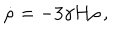
LaTeX: \dot { \rho } = - 3 \gamma H \rho \, ,